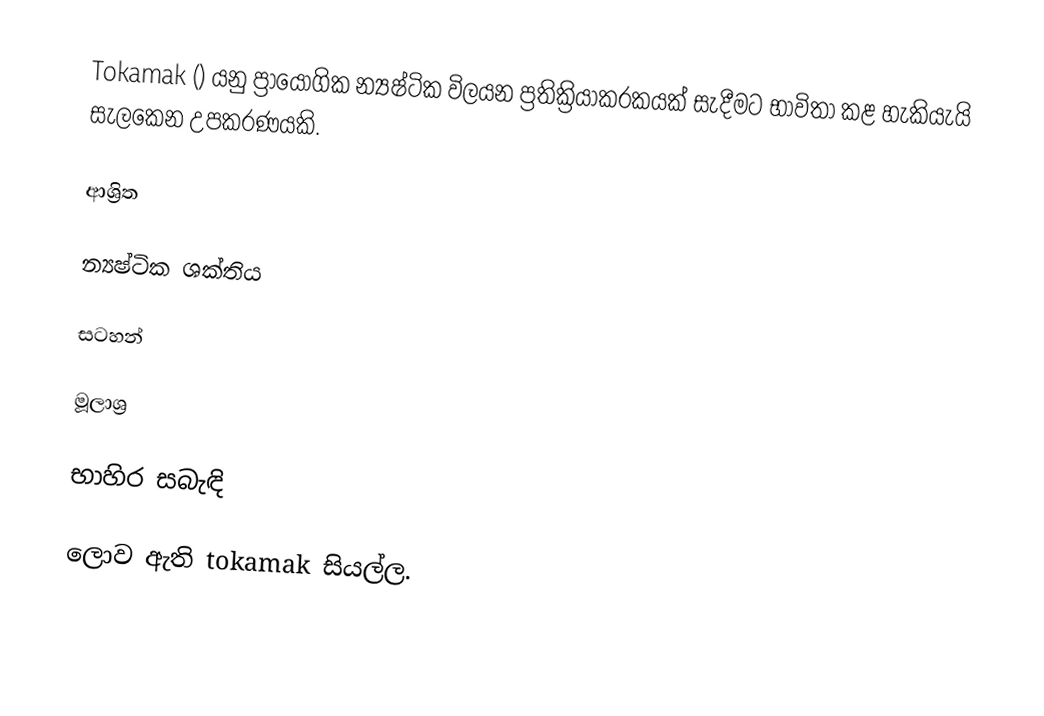
Tokamak  () යනු ප්‍රායෝගික න්‍යෂ්ටික විලයන ප්‍රතික්‍රියාකරකයක් සැදීමට භාවිතා කළ හැකියැයි සැලකෙන උපකරණයකි.

ආශ්‍රිත

 න්‍යෂ්ටික ශක්තිය

සටහන්

මූලාශ්‍ර

භාහිර සබැඳි

ලොව ඇති tokamak සියල්ල.